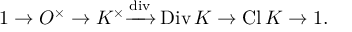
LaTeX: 1 \to O ^ { \times } \to K ^ { \times } { \xrightarrow { \mathrm { d i v } } } \operatorname { D i v } K \to \operatorname { C l } K \to 1 .